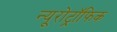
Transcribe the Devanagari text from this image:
न्यूरोट्रॉफिक